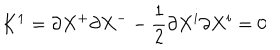
LaTeX: K ^ { 1 } = \partial X ^ { + } \partial X ^ { - } - \frac { 1 } { 2 } \partial X ^ { i } \partial X ^ { i } = 0